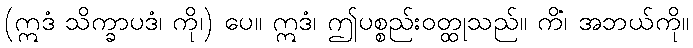
(ဣဒံ သိက္ခာပဒံ၊ ကို၊) ပေ။ ဣဒံ၊ ဤပစ္စည်းဝတ္ထုသည်။ ကိံ၊ အဘယ်ကို။